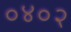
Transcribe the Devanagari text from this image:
०४०२